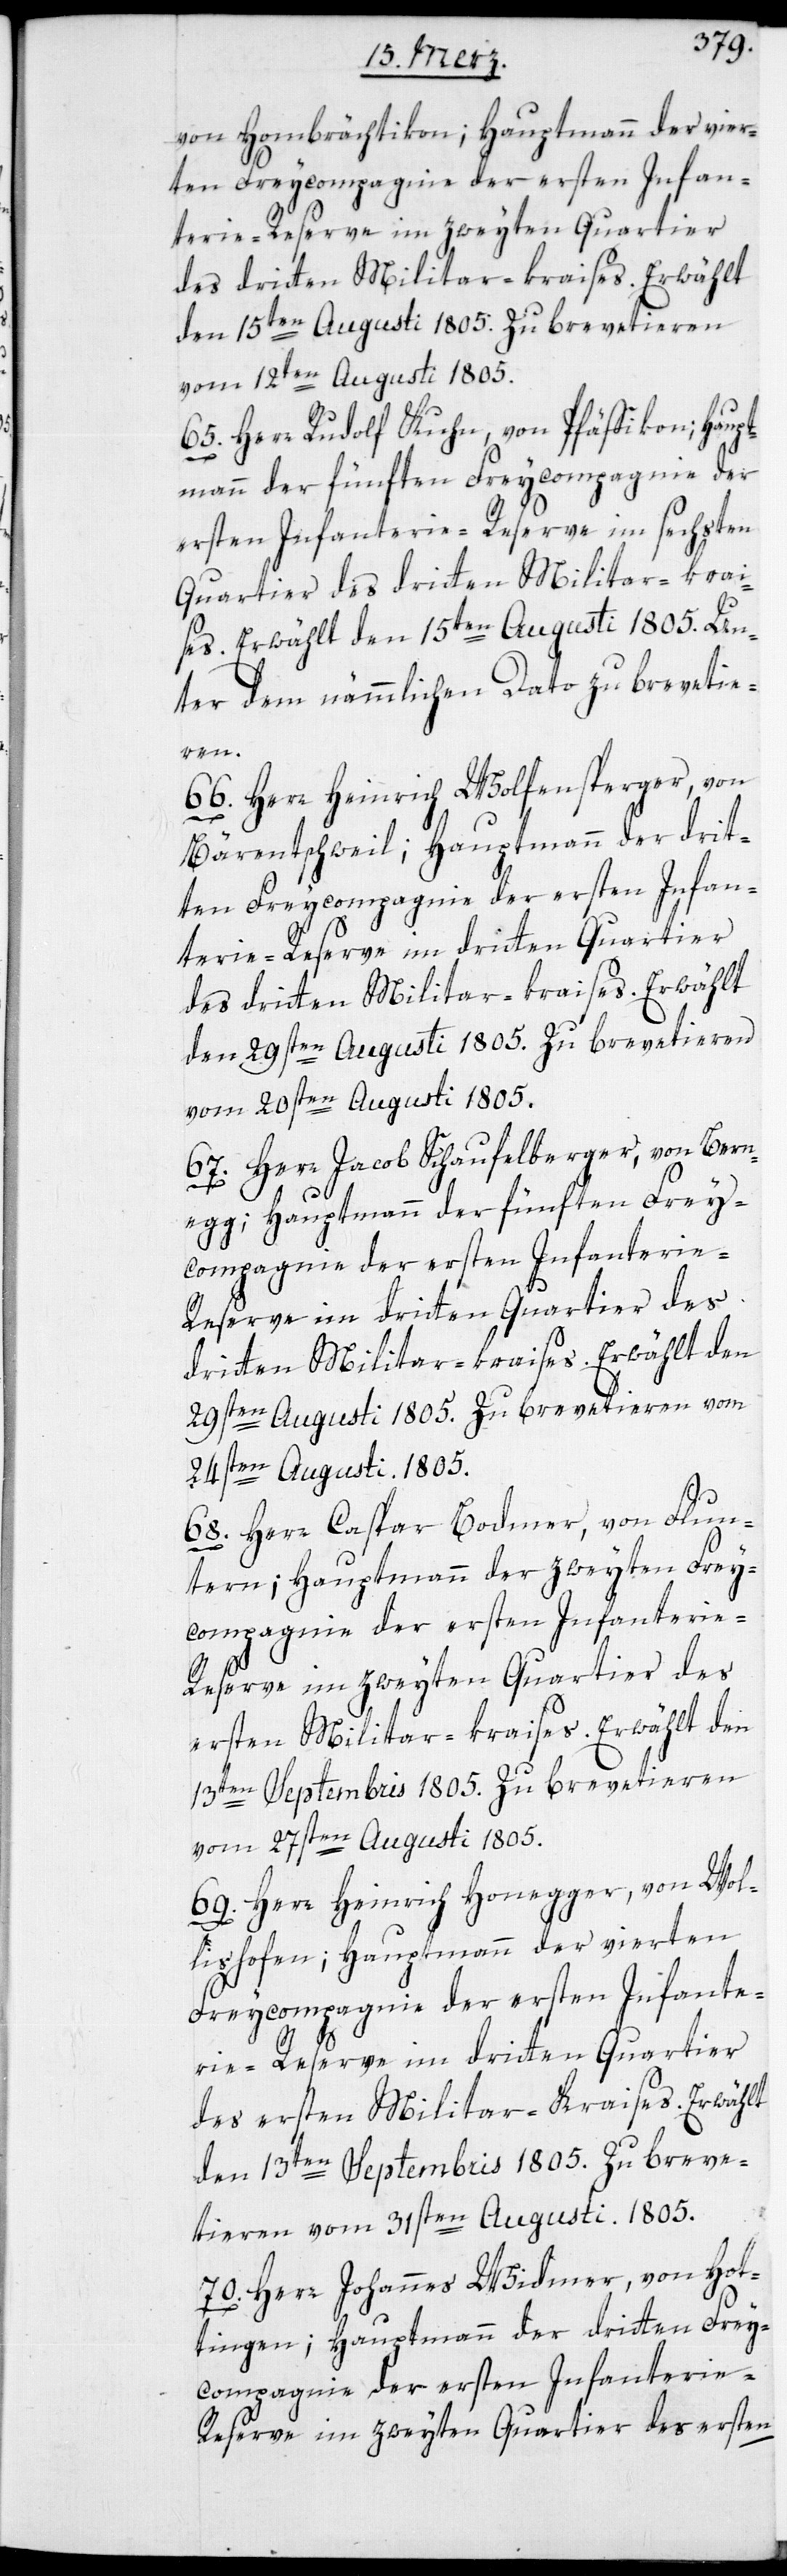
von Hombrächtikon; Hauptmann der vier¬
ten Freycompagnie der ersten Infan¬
terie-Reserve im zweyten Quartier
des dritten Militar-kraises. Erwählt
den 15ten Augusti 1805. Zu brevetieren
vom 12ten Augusti 1805.
65. Herr Rudolf Kuhn, von Pfäffikon; Haupt¬
mann der fünften Freycompagnie der
ersten Infanterie-Reserve im sechsten
Quartier des dritten Militar-krai¬
ses. Erwählt den 15ten Augusti 1805. Un¬
ter dem nämmlichen Dato zu brevetie¬
ren.
66. Herr Heinrich Wolfensperger, von
Bärentschweil; Hauptmann der drit¬
ten Freycompagnie der ersten Infan¬
terie-Reserve im dritten Quartier
des dritten Militar-kraises. Erwählt
den 29sten Augusti 1805. Zu brevetieren
vom 24sten Augusti 1805.
67. Herr Jacob Schaufelberger, von Bern¬
egg; Hauptmann der fünften Frey¬
68. Herr Caspar Bodmer, von Flun¬
tern; Hauptmann der zweyten Frey¬
compagnie der ersten Infanterie-R¬
eserve im zweyten Quartier des
ersten Militar-kraises. Erwählt den
13ten Septembris 1805. Zu brevetieren
vom 27sten Augusti 1805.
69. Herr Heinrich Honegger, von Wol¬
lishofen; Hauptmann der vierten
Freycompagnie der ersten Infante¬
rie-Reserve im dritten Quartier
des ersten Militar-Kraises. Erwählt
den 13ten Septembis 1805. Zu breve¬
tieren vom 31sten Augusti. 1805.
70. Herr Johannes Widmer, von Hot¬
tingen; Hauptmann der dritten Frey¬
compagnie der ersten Infanterie-R¬
eserve im zweyten Quartier des ersten